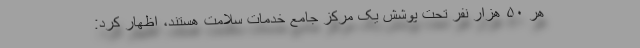
هر ۵۰ هزار نفر تحت پوشش یک مرکز جامع خدمات سلامت هستند، اظهار کرد: